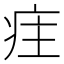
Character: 疰